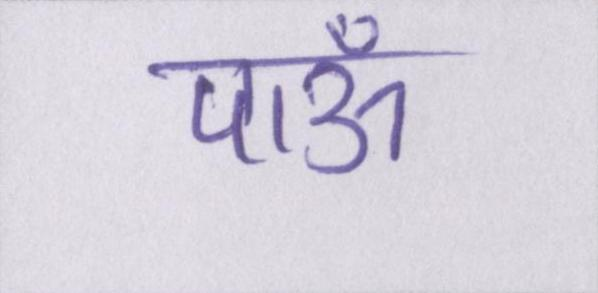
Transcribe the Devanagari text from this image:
पाऊँ